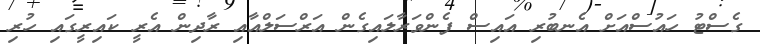
ގެސްޓު ހައުސްއަށް އެނބުރި އައިސް ފެންވަރާލައިގެން އަރްސަލްއާއި ރާދިން އެރީ ކައިރީގައި ހުރި